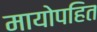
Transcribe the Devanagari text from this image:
मायोपहित